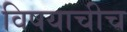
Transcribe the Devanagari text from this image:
विषयाचीच